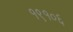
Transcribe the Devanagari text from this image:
१९१०६